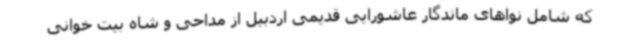
که شامل نواهای ماندگار عاشورایی قدیمی اردبیل از مداحی و شاه بیت خوانی